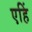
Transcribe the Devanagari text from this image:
एहिं